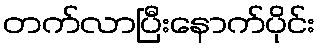
တက်လာပြီးနောက်ပိုင်း